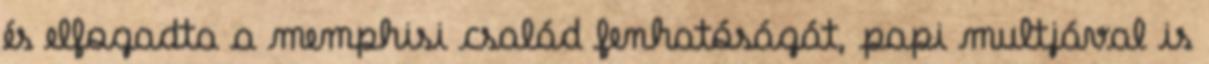
és elfogadta a memphisi család fenhatóságát, papi multjával is